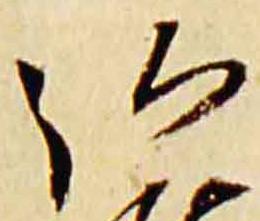
弘